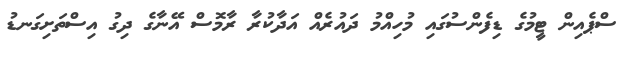
ސްޕެއިން ޓީމުގެ ޑިފެންސުގައި މުހިއްމު ދައުރެއް އަދާކުރާ ރާމޮސް އޭނާގެ ދިގު އިސްތަށިގަނޑު